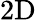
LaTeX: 2\mathrm{D}